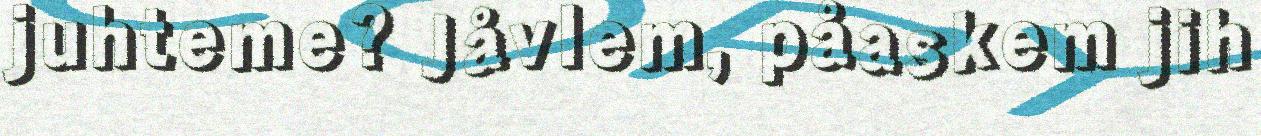
juhteme? Jåvlem, påaskem jih